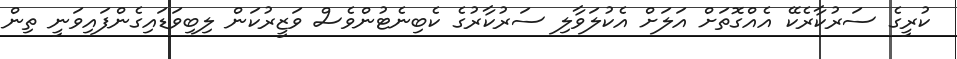
ކުރީގެ ސަރުކާރެކޭ އެއްގޮތަށް އަލަށް އެކުލަވާލި ސަރުކާރުގެ ކެބިނެޓުންވެސް ވަޒީރުކަން ލިބިވަޑައިގެންފައިވަނީ ތިން